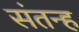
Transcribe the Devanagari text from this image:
संतन्ह